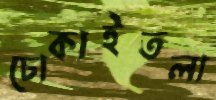
চোকাইতলা